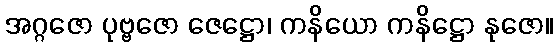
အဂ္ဂဇော ပုဗ္ဗဇော ဇေဋ္ဌော၊ ကနိယော ကနိဋ္ဌော နုဇော။